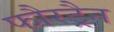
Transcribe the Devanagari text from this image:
फौरट्रैन